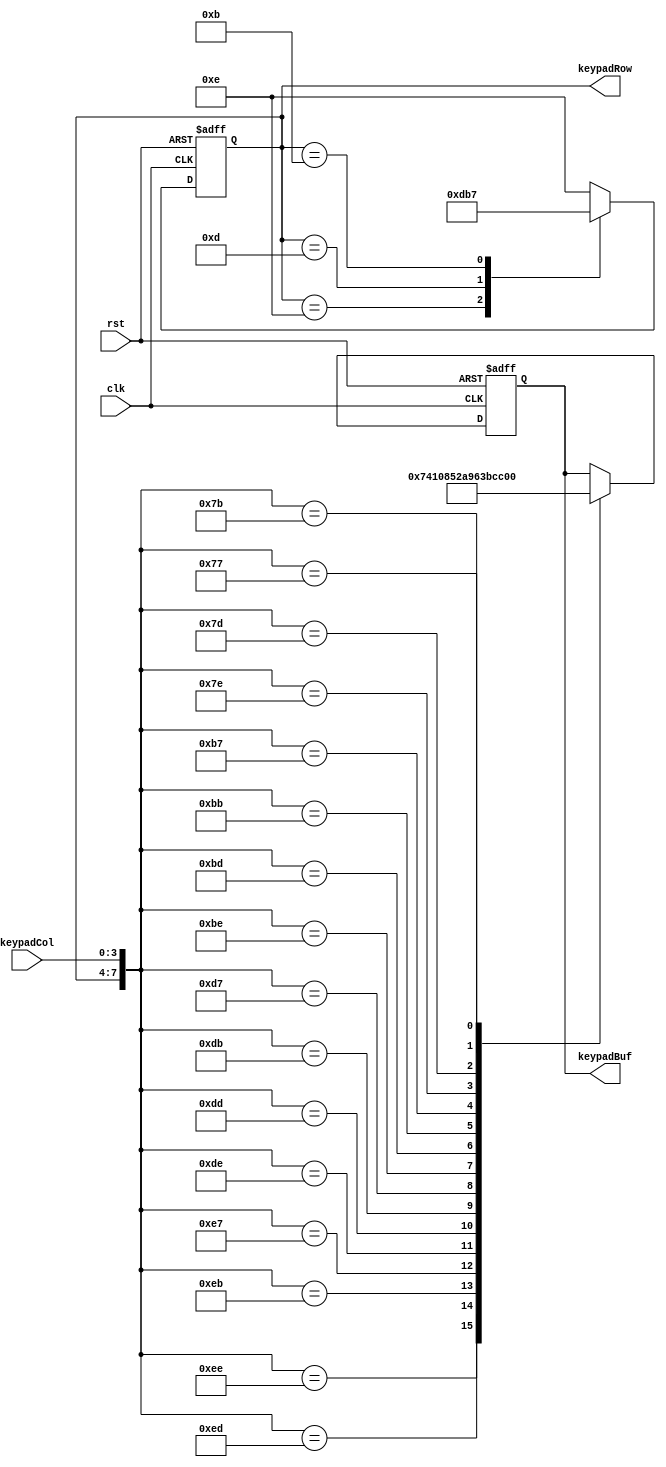
module Checkkeypad(clk,rst,keypadRow,keypadCol,keypadBuf);

input clk,rst;
input [3:0] keypadCol;
output [3:0] keypadRow;
output [3:0] keypadBuf;

reg [3:0] keypadRow;
reg [3:0] keypadBuf;
reg [31:0] keypadDelay;

always@(posedge clk or negedge rst)
begin
   if(!rst)
	begin
	   keypadRow<=4'b1110;
		keypadBuf<=4'b0000;
		keypadDelay<=31'd0;
	end
	else
	begin
		   keypadDelay=31'd0;
			case({keypadRow,keypadCol})
			   8'b1110_1110:keypadBuf<=4'h7;
				8'b1110_1101:keypadBuf<=4'h4;
				8'b1110_1011:keypadBuf<=4'h1;
				8'b1110_0111:keypadBuf<=4'h0;
				8'b1101_1110:keypadBuf<=4'h8;
				8'b1101_1101:keypadBuf<=4'h5;
				8'b1101_1011:keypadBuf<=4'h2;
				8'b1101_0111:keypadBuf<=4'ha;
				8'b1011_1110:keypadBuf<=4'h9;
				8'b1011_1101:keypadBuf<=4'h6;
				8'b1011_1011:keypadBuf<=4'h3;
				8'b1011_0111:keypadBuf<=4'hb;
				8'b0111_1110:keypadBuf<=4'hc;
				8'b0111_1101:keypadBuf<=4'hd;
				8'b0111_1011:keypadBuf<=4'he;
				8'b0111_0111:keypadBuf<=4'hf;
				default     :keypadBuf<=keypadBuf;
			endcase
		case(keypadRow)
		   4'b1110:keypadRow<=4'b1101;
			4'b1101:keypadRow<=4'b1011;
			4'b1011:keypadRow<=4'b0111;
			4'b0111:keypadRow<=4'b1110;
			default:keypadRow<=4'b1110;
		endcase
	   end
	//else
	  // keypadDelay<=keypadDelay+1'b1;
end

endmodule